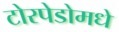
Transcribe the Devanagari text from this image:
टोरपेडोमधे